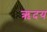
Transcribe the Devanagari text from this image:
ऋदय